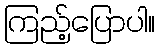
ကြည့်ပြောပါ။